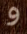
و